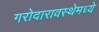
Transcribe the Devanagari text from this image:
गरोदारावस्थेमध्ये